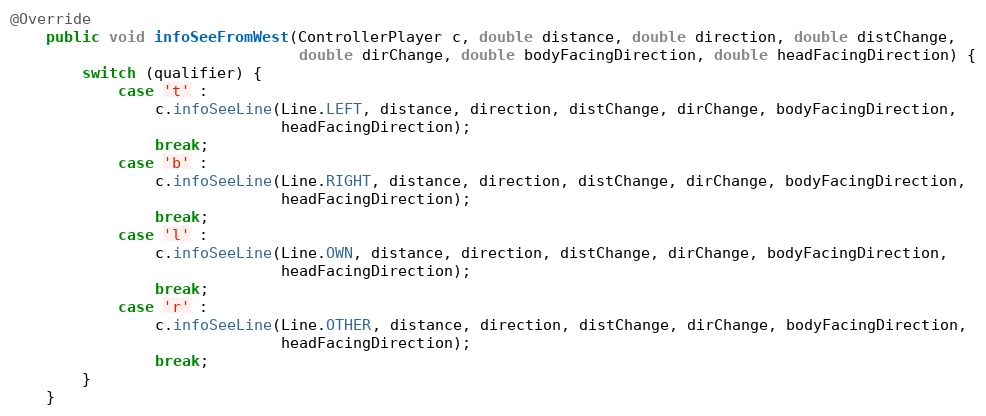
Language: Java
@Override
    public void infoSeeFromWest(ControllerPlayer c, double distance, double direction, double distChange,
                                double dirChange, double bodyFacingDirection, double headFacingDirection) {
        switch (qualifier) {
            case 't' :
                c.infoSeeLine(Line.LEFT, distance, direction, distChange, dirChange, bodyFacingDirection,
                              headFacingDirection);
                break;
            case 'b' :
                c.infoSeeLine(Line.RIGHT, distance, direction, distChange, dirChange, bodyFacingDirection,
                              headFacingDirection);
                break;
            case 'l' :
                c.infoSeeLine(Line.OWN, distance, direction, distChange, dirChange, bodyFacingDirection,
                              headFacingDirection);
                break;
            case 'r' :
                c.infoSeeLine(Line.OTHER, distance, direction, distChange, dirChange, bodyFacingDirection,
                              headFacingDirection);
                break;
        }
    }